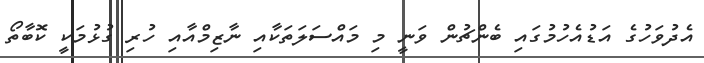
އެދުވަހުގެ އަޑުއެހުމުގައި ބެންޗުން ވަނީ މި މައްސަލަތަކާއި ނާޒިމްއާއި ހުރި ގުޅުމަކީ ކޮބާތޯ